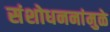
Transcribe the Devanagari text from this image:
संशोधननांमुळे